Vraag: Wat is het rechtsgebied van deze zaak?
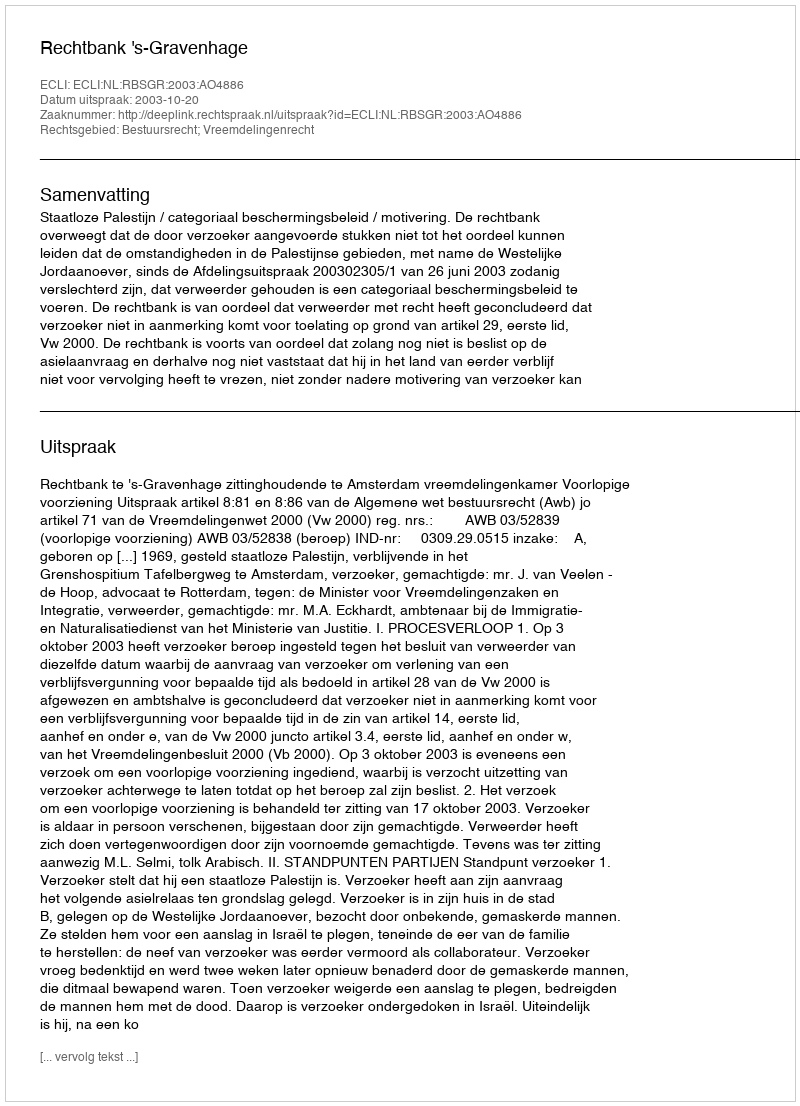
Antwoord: Bestuursrecht; Vreemdelingenrecht